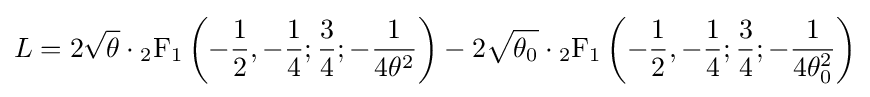
L=2{\sqrt {\theta }}\cdot \operatorname {_{2}F_{1}} \left(-{\frac {1}{2}},-{\frac {1}{4}};{\frac {3}{4}};-{\frac {1}{4\theta ^{2}}}\right)-2{\sqrt {\theta _{0}}}\cdot \operatorname {_{2}F_{1}} \left(-{\frac {1}{2}},-{\frac {1}{4}};{\frac {3}{4}};-{\frac {1}{4\theta _{0}^{2}}}\right)